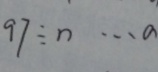
9 7 \div n \cdots a